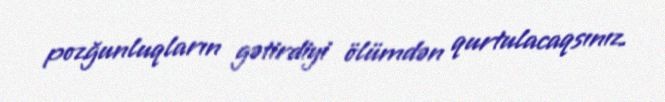
pozğunluqların gətirdiyi ölümdən qurtulacaqsınız.